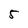
Character: 5